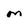
Character: M